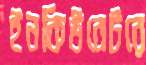
ইনকিউবেটরে